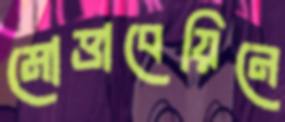
মোত্তাবেয়িনে